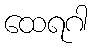
ထေရဂါ